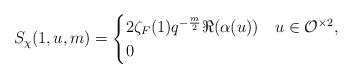
LaTeX: \begin{align*}S_{\chi}(1,u,m) = \begin{cases}2\zeta_F(1) q^{-\frac{m}{2}}\Re(\alpha(u)) &u\in \mathcal{O}^{\times 2}, \\0 &\end{cases} \end{align*}